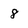
Character: 8